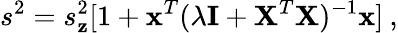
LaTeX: s^{2}=s_{\mathbf{z}}^{2}[1+\textbf{{x}}^{T}(\lambda\textbf{{I}}+\textbf{{X}}^{T}\textbf{{X}})^{-1}\textbf{{x}}]\: ,